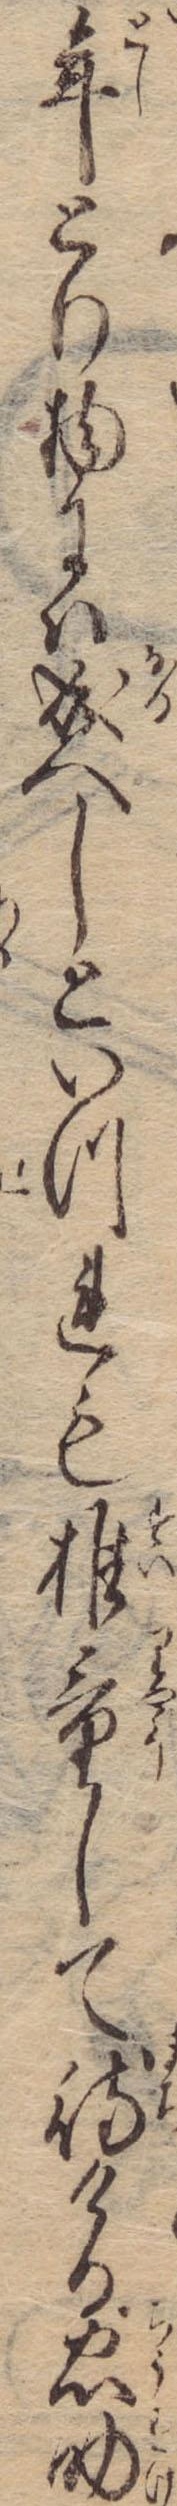
年とり物には成へしといつれも推量して待ける忠助